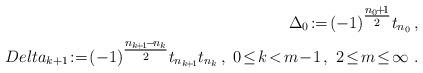
LaTeX: \begin{align*}\Delta_{0} \! := \! (-1)^{\tfrac{n_{0}\! +\! 1}{2}} t_{n_{0}} \, , \\Delta_{k+1}\! :=\! (-1)^{\tfrac{n_{k\! +\! 1}\! -\! n_{k}}{2}} t_{n_{k\! +\! 1}} t_{n_{k}} \, , \ 0 \!\leq\! k \!<\! m\! -\!1 \, , \ 2\! \leq\! m \!\leq \!\infty \ .\end{align*}